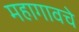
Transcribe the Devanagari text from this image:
महागावचे